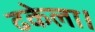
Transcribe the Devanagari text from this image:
ढकेला।